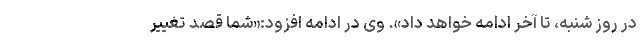
در روز شنبه، تا آخر ادامه خواهد داد». وی در ادامه افزود:«شما قصد تغییر